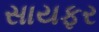
સાયફર